Indian journal of veterinary science and animal husbandry - Volumes 18-21, 1948-1951
Year: 1948
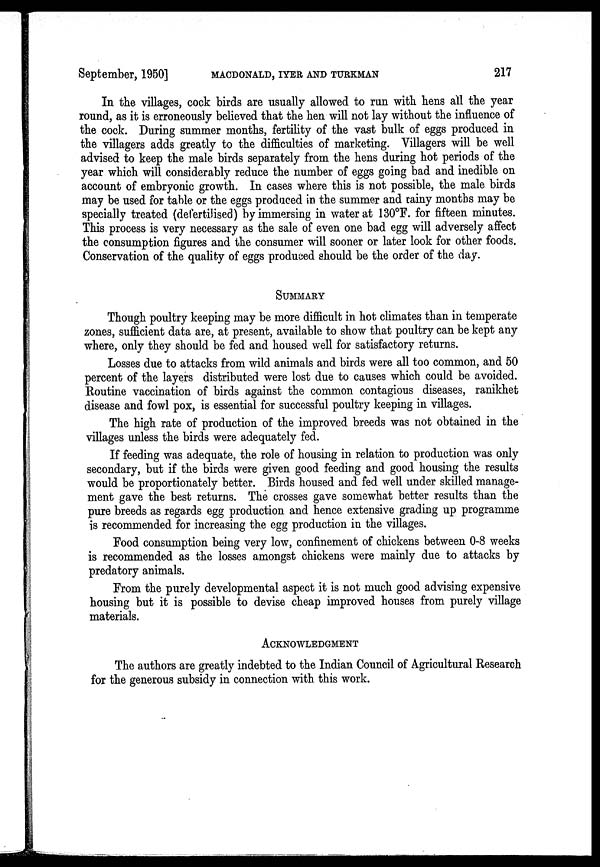
September, 1950]
MACDONALD,
IYER
AND
TURKMAN
217
In the villages, cock birds are usually allowed to run with hens all the year
round, as it is erroneously believed that the hen will not lay without the influence of
the cock. During summer months, fertility of the vast bulk of eggs produced in
the villagers adds greatly to the difficulties of marketing. Villagers will be well
advised to keep the male birds separately from the hens during hot periods of the
year which will considerably reduce the number of eggs going bad and inedible on
account of embryonic growth. In cases where this is not possible, the male birds
may be used for table or the eggs produced in the summer and rainy months may be
specially treated (defertilised) by immersing in water at 130°F. for fifteen minutes.
This process is very necessary as the sale of even one bad egg will adversely affect
the consumption figures and the consumer will sooner or later look for other foods.
Conservation of the quality of eggs produced should be the order of the day.
SUMMARY
Though poultry keeping may be more difficult in hot climates than in temperate
zones, sufficient data are, at present, available to show that poultry can be kept any
where, only they should be fed and housed well for satisfactory returns.
Losses due to attacks from wild animals and birds were all too common, and 50
percent of the layers distributed were lost due to causes which could be avoided.
Routine vaccination of birds against the common contagious diseases, ranikhet
disease and fowl pox, is essential for successful poultry keeping in villages.
The high rate of production of the improved breeds was not obtained in the
villages unless the birds were adequately fed.
If feeding was adequate, the role of housing in relation to production was only
secondary, but if the birds were given good feeding and good housing the results
would be proportionately better. Birds housed and fed well under skilled manage-
ment gave the best returns. The crosses gave somewhat better results than the
pure breeds as regards egg production and hence extensive grading up programme
is recommended for increasing the egg production in the villages.
Food consumption being very low, confinement of chickens between 0-8 weeks
is recommended as the losses amongst chickens were mainly due to attacks by
predatory animals.
From the purely developmental aspect it is not much good advising expensive
housing but it is possible to devise cheap improved houses from purely village
materials.
ACKNOWLEDGMENT
The authors are greatly indebted to the Indian Council of Agricultural Research
for the generous subsidy in connection with this work.